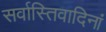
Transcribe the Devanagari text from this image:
सर्वास्तिवादिनां